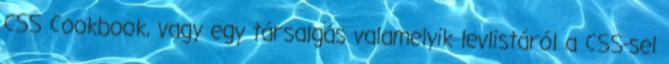
CSS Cookbook, vagy egy társalgás valamelyik levlistáról a CSS-sel